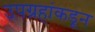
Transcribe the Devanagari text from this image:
उपग्रहांकडून